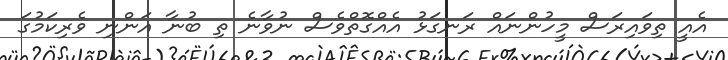
އެއީ ތިވައިރަސް މީހުންނައް ރަނގަޅު އެއްގޮތްވެސް ނުވާނެ ތި ބުނާ އަންނި ވެރިކަމުގަ